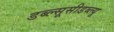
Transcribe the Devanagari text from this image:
डब्ल्सूसीडब्ल्यू